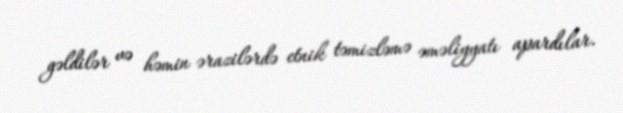
gəldilər və həmin ərazilərdə etnik təmizləmə əməliyyatı apardılar.